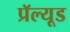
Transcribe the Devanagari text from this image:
प्रॅल्यूड